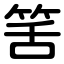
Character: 筈